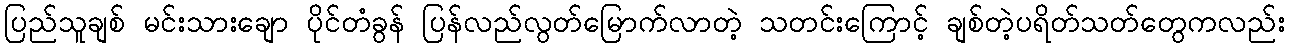
ပြည်သူချစ် မင်းသားချော ပိုင်တံခွန် ပြန်လည်လွတ်မြောက်လာတဲ့ သတင်းကြောင့် ချစ်တဲ့ပရိတ်သတ်တွေကလည်း